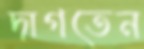
দাগতেন